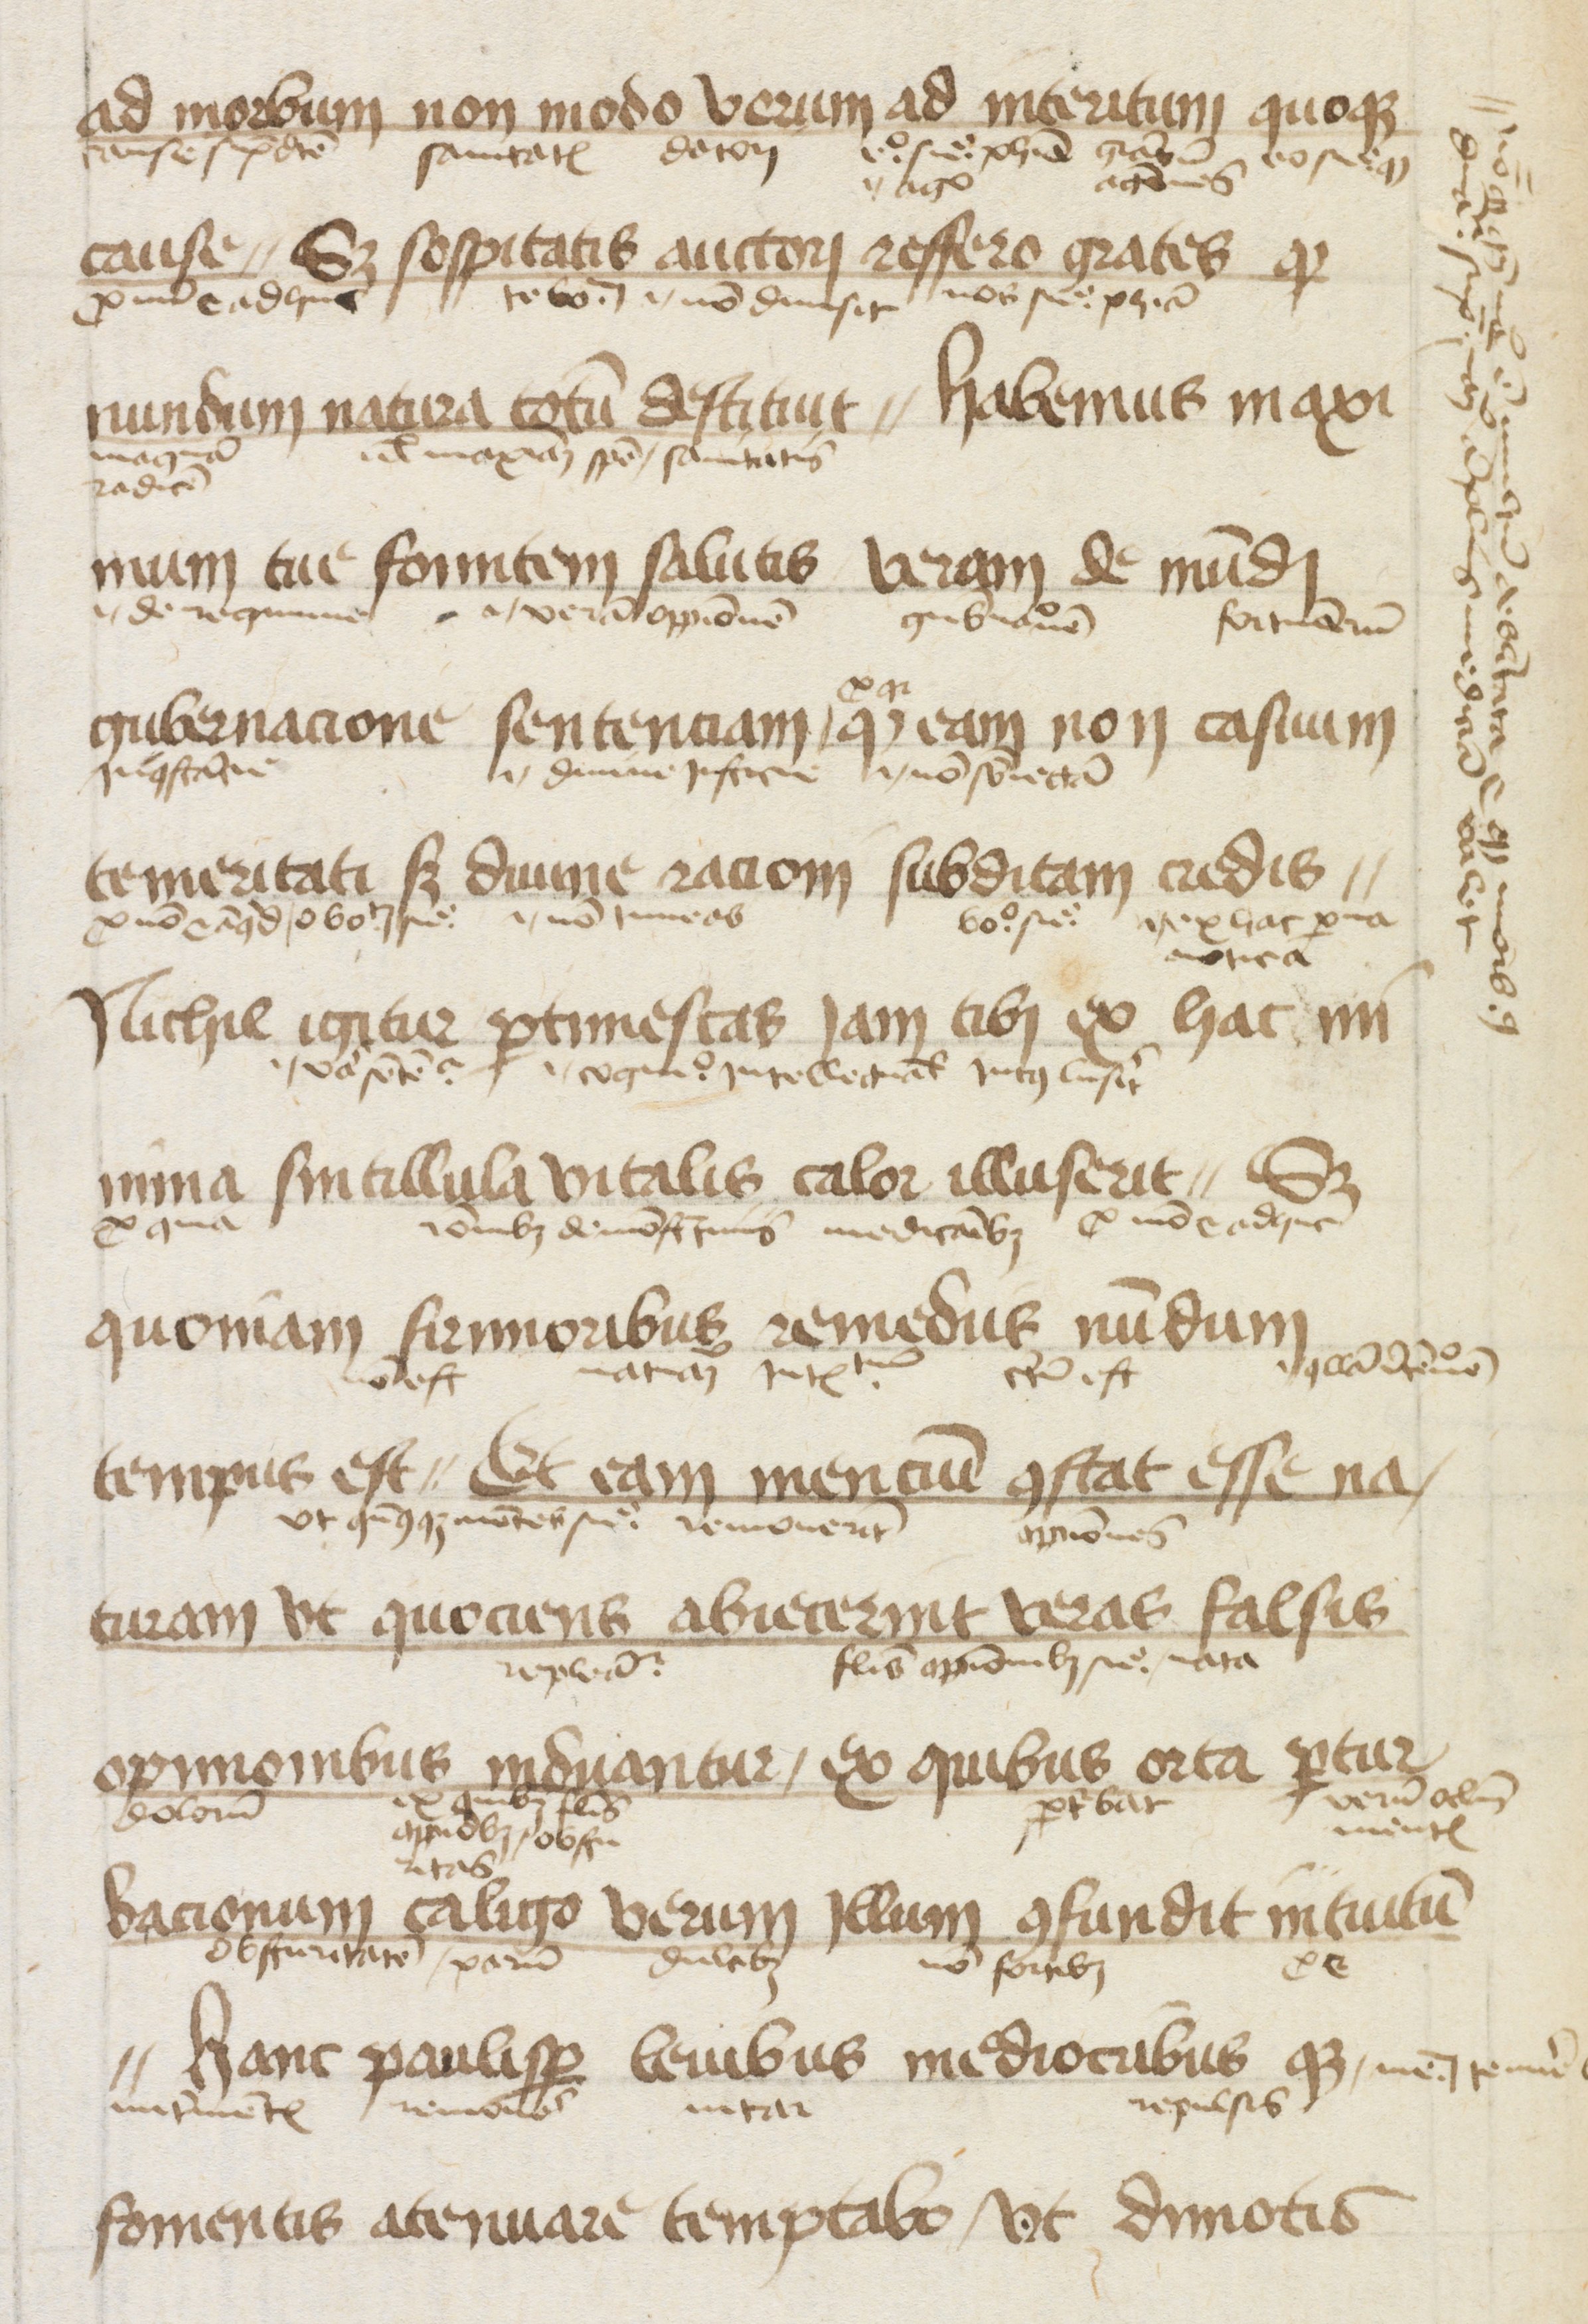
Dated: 1447–1447